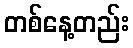
တစ်နေ့တည်း